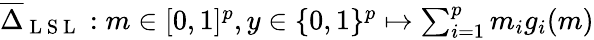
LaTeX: \begin{array}{r}{\overline{{\Delta}}_{\mathrm{~L~S~L~}}:m\in[0,1]^{p},y\in\{ 0,1\} ^{p}\mapsto\sum_{i=1}^{p}m_{i}g_{i}(m)}\end{array}